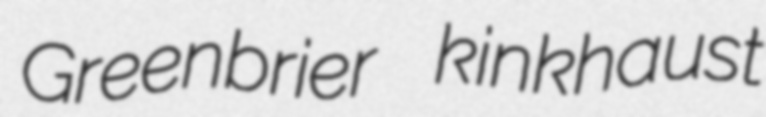
Greenbrier kinkhaust